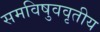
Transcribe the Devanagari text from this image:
समविषुववृतीय